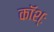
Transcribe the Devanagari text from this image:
कॉश्ः